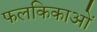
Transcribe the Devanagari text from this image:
फलकिकाओं